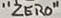
Text: "ZERO"